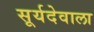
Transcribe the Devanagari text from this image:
सूर्यदेवाला